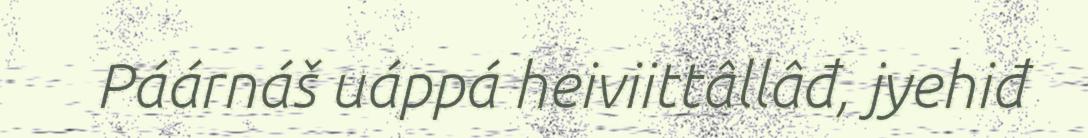
Páárnáš uáppá heiviittâllâđ, jyehiđ